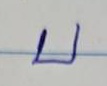
บ